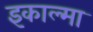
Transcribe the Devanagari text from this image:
इकाल्मा